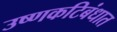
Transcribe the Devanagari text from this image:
उष्णकटिबंधात